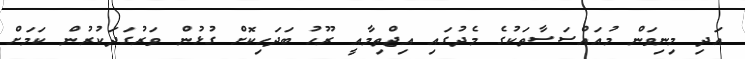
އަދި މިނިވަން މުއައްސަސާތަކުގެ މެދުގައި އިޖްތިމާއީ ރޫހު ބަދަހިކޮށް ގުޅުން ވަރުގަދަކުރުން ކަމަށް